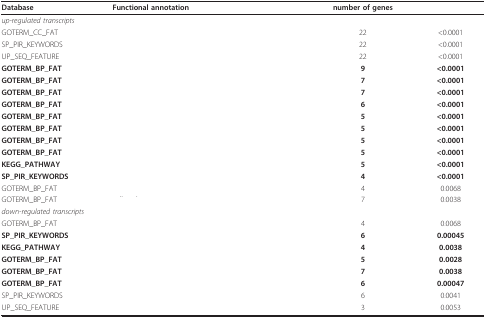
<table><thead><tr><td><b>Database</b></td><td><b>Functional annotation</b></td><td><b>number of genes</b></td><td>[EMPTY_CELL]</td></tr></thead><tbody><tr><td colspan="4"><i>up-regulated transcripts</i></td></tr><tr><td>GOTERM_CC_FAT</td><td>[EMPTY_CELL]</td><td>22</td><td>&lt;0.0001</td></tr><tr><td>SP_PIR_KEYWORDS</td><td>[EMPTY_CELL]</td><td>22</td><td>&lt;0.0001</td></tr><tr><td>UP_SEQ_FEATURE</td><td>[EMPTY_CELL]</td><td>22</td><td>&lt;0.0001</td></tr><tr><td><b>GOTERM_BP_FAT</b></td><td>[EMPTY_CELL]</td><td><b>9</b></td><td><b>&lt;0.0001</b></td></tr><tr><td><b>GOTERM_BP_FAT</b></td><td>[EMPTY_CELL]</td><td><b>7</b></td><td><b>&lt;0.0001</b></td></tr><tr><td><b>GOTERM_BP_FAT</b></td><td>[EMPTY_CELL]</td><td><b>7</b></td><td><b>&lt;0.0001</b></td></tr><tr><td><b>GOTERM_BP_FAT</b></td><td>[EMPTY_CELL]</td><td><b>6</b></td><td><b>&lt;0.0001</b></td></tr><tr><td><b>GOTERM_BP_FAT</b></td><td>[EMPTY_CELL]</td><td><b>5</b></td><td><b>&lt;0.0001</b></td></tr><tr><td><b>GOTERM_BP_FAT</b></td><td>[EMPTY_CELL]</td><td><b>5</b></td><td><b>&lt;0.0001</b></td></tr><tr><td><b>GOTERM_BP_FAT</b></td><td>[EMPTY_CELL]</td><td><b>5</b></td><td><b>&lt;0.0001</b></td></tr><tr><td><b>GOTERM_BP_FAT</b></td><td>[EMPTY_CELL]</td><td><b>5</b></td><td><b>&lt;0.0001</b></td></tr><tr><td><b>KEGG_PATHWAY</b></td><td>[EMPTY_CELL]</td><td><b>5</b></td><td><b>&lt;0.0001</b></td></tr><tr><td><b>SP_PIR_KEYWORDS</b></td><td>[EMPTY_CELL]</td><td><b>4</b></td><td><b>&lt;0.0001</b></td></tr><tr><td>GOTERM_BP_FAT</td><td>[EMPTY_CELL]</td><td>4</td><td>0.0068</td></tr><tr><td>GOTERM_BP_FAT</td><td>[EMPTY_CELL]</td><td>7</td><td>0.0038</td></tr><tr><td colspan="4"><i>down-regulated transcripts</i></td></tr><tr><td>GOTERM_BP_FAT</td><td>[EMPTY_CELL]</td><td>4</td><td>0.0068</td></tr><tr><td><b>SP_PIR_KEYWORDS</b></td><td>[EMPTY_CELL]</td><td><b>6</b></td><td><b>0.00045</b></td></tr><tr><td><b>KEGG_PATHWAY</b></td><td>[EMPTY_CELL]</td><td><b>4</b></td><td><b>0.0038</b></td></tr><tr><td><b>GOTERM_BP_FAT</b></td><td>[EMPTY_CELL]</td><td><b>5</b></td><td><b>0.0028</b></td></tr><tr><td><b>GOTERM_BP_FAT</b></td><td>[EMPTY_CELL]</td><td><b>7</b></td><td><b>0.0038</b></td></tr><tr><td><b>GOTERM_BP_FAT</b></td><td>[EMPTY_CELL]</td><td><b>6</b></td><td><b>0.00047</b></td></tr><tr><td>SP_PIR_KEYWORDS</td><td>[EMPTY_CELL]</td><td>6</td><td>0.0041</td></tr><tr><td>UP_SEQ_FEATURE</td><td>[EMPTY_CELL]</td><td>3</td><td>0.0053</td></tr></tbody></table>